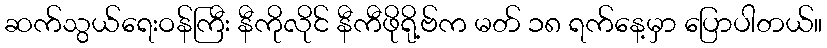
ဆက်သွယ်ရေးဝန်ကြီး နီကိုလိုင် နီကီဖိုရို့ဗ်က မတ် ၁၈ ရက်နေ့မှာ ပြောပါတယ်။